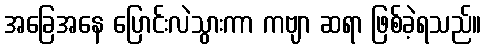
အခြေအနေ ပြောင်းလဲသွားကာ ကဗျာ ဆရာ ဖြစ်ခဲ့ရသည်။